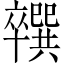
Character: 𪟼